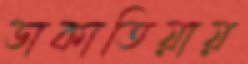
ডাকাতিয়ায়